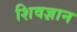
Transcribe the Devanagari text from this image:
शिवज्ञान